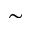
\sim